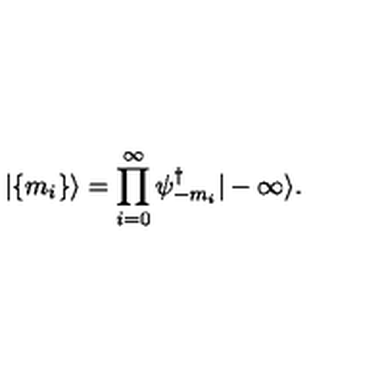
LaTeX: | \{ m _ { i } \} \rangle = \prod _ { i = 0 } ^ { \infty } \psi _ { - m _ { i } } ^ { \dagger } | - \infty \rangle .